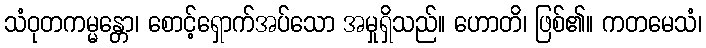
သံဝုတကမ္မန္တော၊ စောင့်ရှောက်အပ်သော အမှုရှိသည်။ ဟောတိ၊ ဖြစ်၏။ ကတမေသံ၊